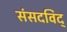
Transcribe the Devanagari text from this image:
संसदविद्‌